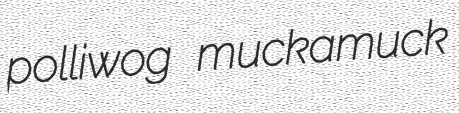
polliwog muckamuck